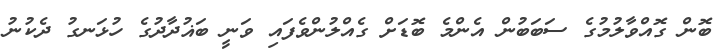
ބޮން ގޮއްވާލުމުގެ ސަބަބުން އެންމެ ބޮޑަށް ގެއްލުންވެފައިި ވަނީ ބަޣުދާދުގެ ހުޅަނގު ދެކުނު